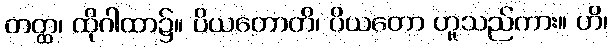
တတ္ထ၊ ထိုဂါထာ၌။ ပိယတောတိ၊ ပိယတော ဟူသည်ကား။ ဟိ၊